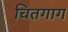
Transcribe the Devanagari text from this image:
चितगाग